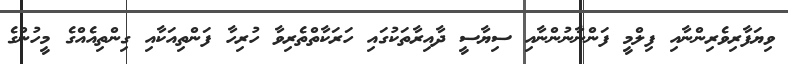
ވިޔަފާރިވެރިންނާއި ފިލްމީ ފަންނާނުންނާއި ސިޔާސީ ދާއިރާތަކުގައި ހަރަކާތްތެރިވާ ހުރިހާ ފަންތިއަކާއި ގިންތިއެއްގެ މީހުންގެ